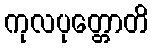
ကုလပုတ္တောတိ